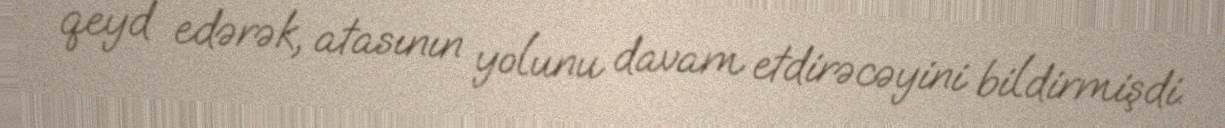
qeyd edərək, atasının yolunu davam etdirəcəyini bildirmişdi.